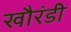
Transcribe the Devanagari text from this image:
खौरंडी